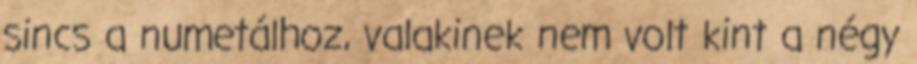
sincs a numetálhoz, valakinek nem volt kint a négy